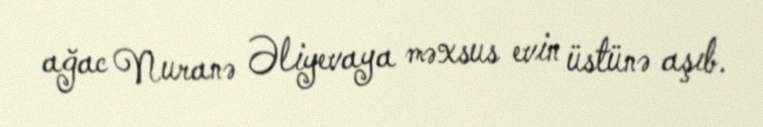
ağac Nuranə Əliyevaya məxsus evin üstünə aşıb.